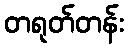
တရုတ်တန်း